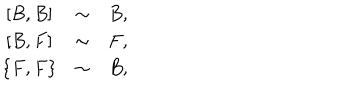
\begin{array} { c c c } { { \left[ B , B \right] } } & { { \sim } } & { { B , } } \\ { { \left[ B , F \right] } } & { { \sim } } & { { F , } } \\ { { \left\{ F , F \right\} } } & { { \sim } } & { { B , } } \\ \end{array}